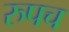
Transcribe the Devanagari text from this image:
रुपच